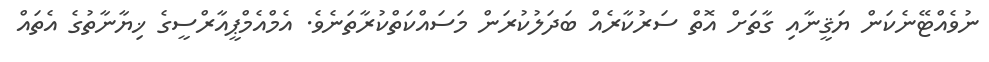
ނުވެއްޓޭނެކަން ޔަޤީނާއި ގާތަށް އޮތް ސަރުކާރެއް ބަދަލުކުރަން މަސައްކަތްކުރާތަނެވެ. އެމްއެމްޕީއާރްސީގެ ޚިޔާނާތުގެ އެތައް